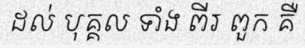
ដល់ បុគ្គល ទាំង ពីរ ពួក គឺ